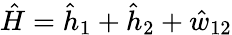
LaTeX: \hat{H}=\hat{h}_{1}+\hat{h}_{2}+\hat{w}_{12}